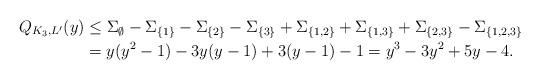
LaTeX: \begin{align*}Q_{K_3,L'}(y)&\leq \Sigma_{\emptyset} - \Sigma_{\{1\}} - \Sigma_{\{2\}} - \Sigma_{\{3\}} + \Sigma_{\{1, 2\}} + \Sigma_{\{1, 3\}} +\Sigma_{\{2, 3\}} - \Sigma_{\{1, 2, 3\}} \\&=y(y^2-1) - 3y(y-1) + 3(y-1) -1 = y^3 -3y^2 + 5y - 4.\end{align*}